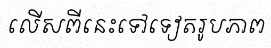
លើសពីនេះទៅទៀតរូបភាព